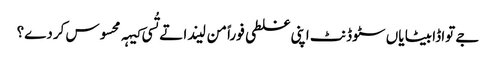
‏ جے تواڈا بیٹا یاں سٹوڈنٹ اپنی غلطی فوراً من لیندا تے تُسی کیہہ محسوس کردے؟